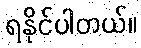
ရနိုင်ပါတယ်။